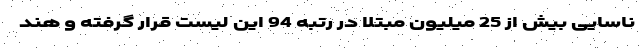
ناسایی بیش از 25 میلیون مبتلا در رتبه 94 این لیست قرار گرفته و هند